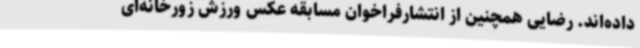
داده‌اند. رضایی همچنین از انتشارفراخوان مسابقه عکس ورزش زورخانه‌ای